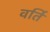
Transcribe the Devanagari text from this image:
वर्ति